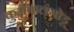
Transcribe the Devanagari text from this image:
कुर्मबालंगोडू